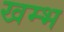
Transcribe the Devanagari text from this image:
खम्‍भ